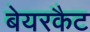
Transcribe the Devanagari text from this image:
बेयरकैट